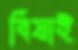
বিষাই